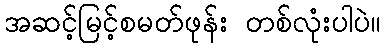
အဆင့်မြင့်စမတ်ဖုန်း တစ်လုံးပါပဲ။